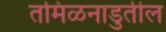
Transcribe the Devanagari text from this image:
तमिळनाडुतील